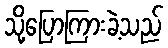
သို့ပြောကြားခဲ့သည်